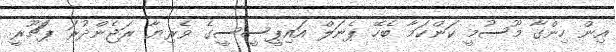
އިން ހިންގާ މޫސުމީ ކަންކަމާ ބެހޭ ޕެނަލް އައިޕީސީސީގެ ވެރިޔާ ރަޖެންދުރަ ޕަޗޫރީ